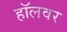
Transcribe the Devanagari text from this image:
हॉलवर